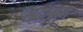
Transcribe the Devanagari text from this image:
सदरबाग